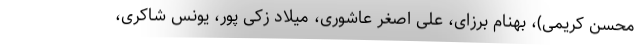
محسن کریمی)، بهنام برزای، علی اصغر عاشوری، میلاد زکی پور، یونس شاکری،